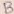
Text: B